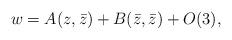
LaTeX: \begin{align*}w = A(z,\bar{z}) + B(\bar{z},\bar{z}) + O(3),\end{align*}